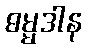
ဓမ္မဒါန